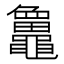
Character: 𪓻